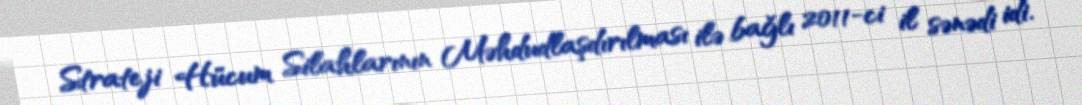
Strateji Hücum Silahlarının Məhdudlaşdırılması ilə bağlı 2011-ci il sənədi idi.